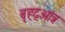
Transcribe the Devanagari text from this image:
बृहद्आंत्र